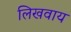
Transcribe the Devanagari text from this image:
लिखवाय